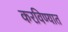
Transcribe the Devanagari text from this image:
करविण्यात